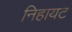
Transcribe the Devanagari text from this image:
निहायट